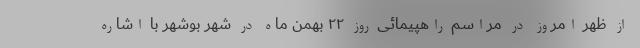
از ظهر امروز در مراسم راهپیمائی روز ۲۲ بهمن ماه در شهر بوشهر با اشاره